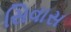
સિવાસ